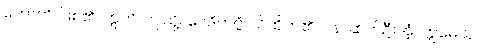
ဟောတိ၊ ဖြစ်၏။ ဣတိ၊ ဤသို့။ ဝေဒိတဗ္ဗံ၊ သိထိုက်၏။ ပန၊ ဆက်ဦးအံ့။ ဣမေသု